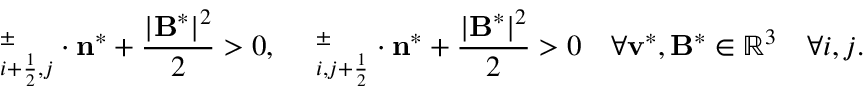
{ \bf \Pi } _ { i + \frac { 1 } { 2 } , j } ^ { \pm } \cdot \mathbf { n } ^ { * } + \frac { | \mathbf { B } ^ { * } | ^ { 2 } } { 2 } > 0 , \quad { \bf \Pi } _ { i , j + \frac { 1 } { 2 } } ^ { \pm } \cdot \mathbf { n } ^ { * } + \frac { | \mathbf { B } ^ { * } | ^ { 2 } } { 2 } > 0 \quad \forall \mathbf { v } ^ { * } , \mathbf { B } ^ { * } \in \mathbb { R } ^ { 3 } \quad \forall i , j .